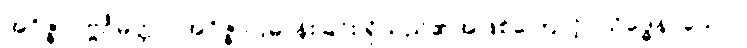
အဝိဇ္ဇာပုဗ္ဗင်္ဂမတ္တာ၊ အဝိဇ္ဇာပြဓာန်းခြင်း ရှိသည်၏အဖြစ်ကြောင့်။ သိဒ္ဓေန၊ သော။